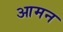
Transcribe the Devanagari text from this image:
आमन